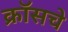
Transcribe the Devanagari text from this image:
क्रॉसचे